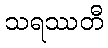
သရဿတီ